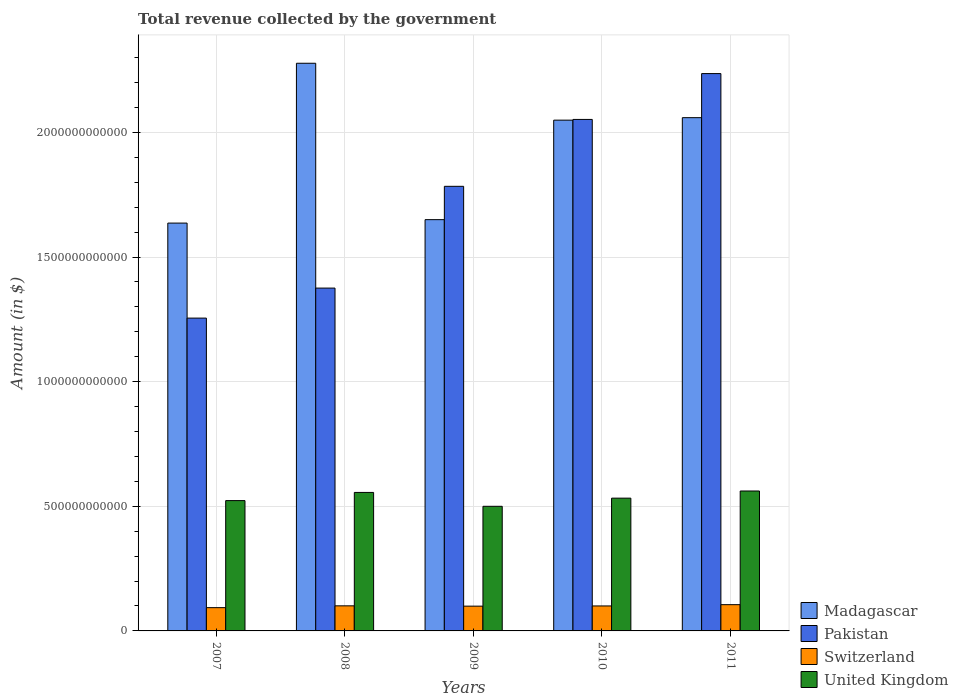
| Years | Madagascar | Pakistan | Switzerland | United Kingdom |
 | --- | --- | --- | --- | --- |
 | 2007 | 1.64e+12 | 1.25e+12 | 9.34e+10 | 5.23e+11 |
 | 2008 | 2.28e+12 | 1.38e+12 | 1.01e+11 | 5.56e+11 |
 | 2009 | 1.65e+12 | 1.78e+12 | 9.94e+10 | 5e+11 |
 | 2010 | 2.05e+12 | 2.05e+12 | 1e+11 | 5.33e+11 |
 | 2011 | 2.06e+12 | 2.24e+12 | 1.05e+11 | 5.61e+11 |